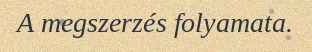
A megszerzés folyamata.